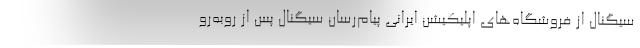
سیگنال از فروشگاه‌های اپلیکیشن ایرانی پیام‌رسان سیگنال پس از روبه‌رو